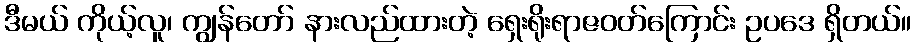
ဒီမယ် ကိုယ့်လူ၊ ကျွန်တော် နားလည်ထားတဲ့ ရှေးရိုးရာဇဝတ်ကြောင်း ဥပဒေ ရှိတယ်။